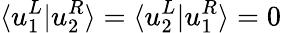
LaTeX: \langle u_{1}^{L}|u_{2}^{R}\rangle=\langle u_{2}^{L}|u_{1}^{R}\rangle=0